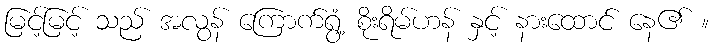
မြင့်မြင့် သည် အလွန် ကြောက်ရွံ့ စိုးရိမ်ဟန် နှင့် နားထောင် နေ၏ ။